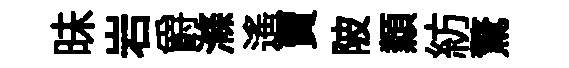
昧岩爵滌遙賣陂纇紡驚